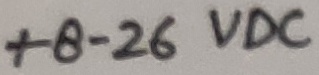
Text: +8-26VDC